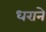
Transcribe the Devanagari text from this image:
धराने